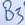
Text: B3